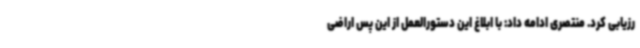
رزیابی کرد. منتصری ادامه داد: با ابلاغ این دستورالعمل از این پس اراضی